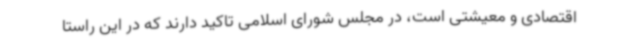
اقتصادی و معیشتی است، در مجلس شورای اسلامی تاکید دارند که در این راستا